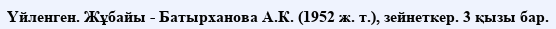
Үйленген. Жұбайы - Батырханова А.К. (1952 ж. т.), зейнеткер. 3 қызы бар.